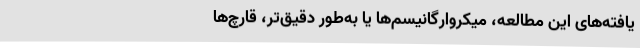
یافته‌های این مطالعه، میکروارگانیسم‌ها یا به‌طور دقیق‌تر، قارچ‌ها